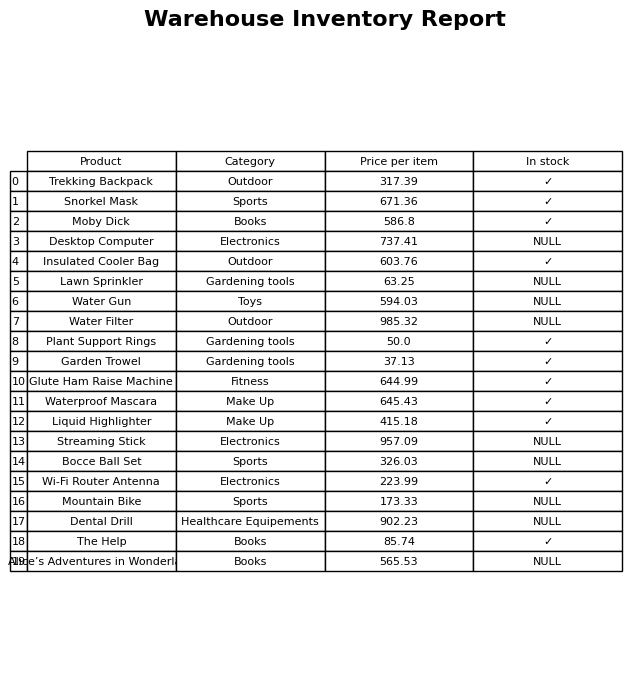
question: Which products are available in stock?
answer: Trekking Backpack, Snorkel Mask, Moby Dick, Insulated Cooler Bag, Plant Support Rings, Garden Trowel, Glute Ham Raise Machine, Waterproof Mascara, Liquid Highlighter, Wi-Fi Router Antenna, The Help